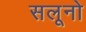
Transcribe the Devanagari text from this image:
सलूनो